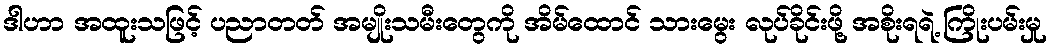
ဒါဟာ အထူးသဖြင့် ပညာတတ် အမျိုးသမီးတွေကို အိမ်ထောင် သားမွေး လုပ်ခိုင်းဖို့ အစိုးရရဲ့ ကြိုးပမ်းမှု